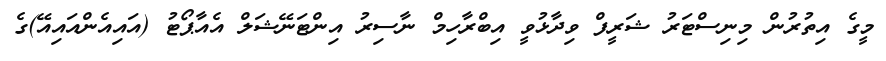
މީގެ އިތުރުން މިނިސްޓަރު ޝަރީފް ވިދާޅުވީ އިބްރާހިމް ނާސިރު އިންޓަނޭޝަލް އެއާޕޯޓު (އައިއެންއައިއޭ)ގެ